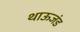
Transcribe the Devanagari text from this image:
थाऊजंड